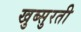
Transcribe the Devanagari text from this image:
खुब्सुरती